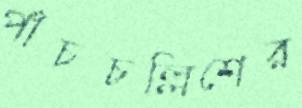
পাঁচচল্লিশের